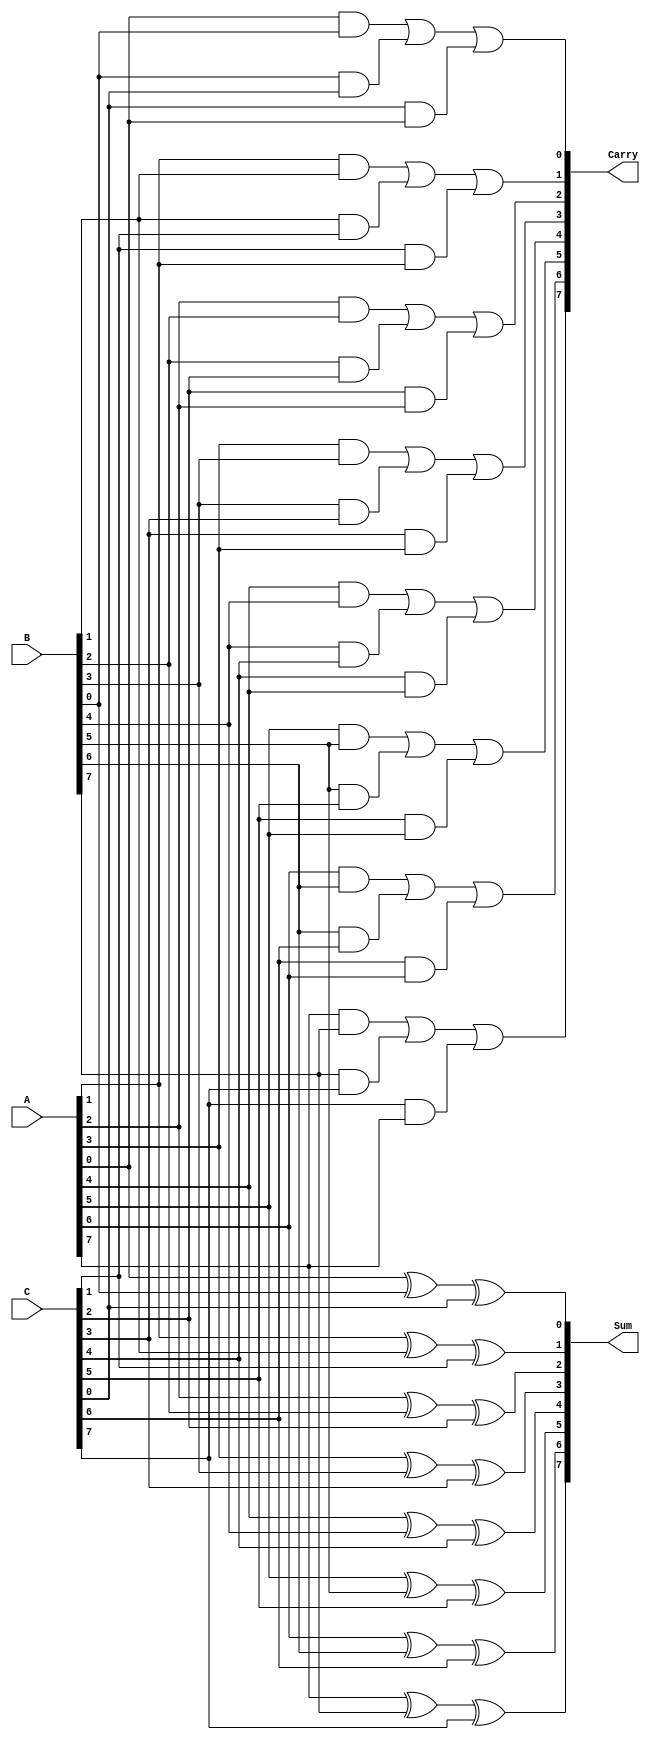
module ParallelCSA #(parameter n = 8) (
    input  wire [n-1:0] A,  // First input
    input  wire [n-1:0] B,  // Second input
    input  wire [n-1:0] C,  // Third input
    output wire [n-1:0] Sum, // Sum output
    output wire [n-1:0] Carry // Carry output
);

    // Generate the Sum and Carry for each bit
    genvar i;
    generate
        for (i = 0; i < n; i = i + 1) begin : CSA_Bit
            // Sum bit: XOR of all inputs at bit position i
            assign Sum[i] = A[i] ^ B[i] ^ C[i];

            // Carry bit: OR-ing the ANDs of all pairs of inputs at bit position i
            assign Carry[i] = (A[i] & B[i]) | (B[i] & C[i]) | (C[i] & A[i]);
        end
    endgenerate

endmodule